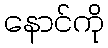
နောင်ကို